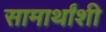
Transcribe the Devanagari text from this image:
सामार्थांशी